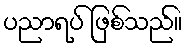
ပညာရပ် ဖြစ်သည်။